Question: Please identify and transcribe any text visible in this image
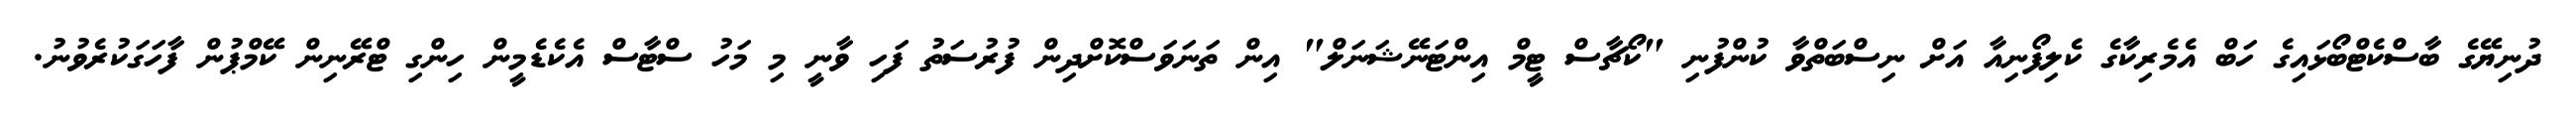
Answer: ދުނިޔޭގެ ބާސްކެޓްބޯޅައިގެ ހަބް އެމެރިކާގެ ކެލިފޯނިއާ އަށް ނިސްބަތްވާ ކުންފުނި "ކޯޗާސް ޓީމް އިންޓަނޭޝަނަލް" އިން ތަނަވަސްކޮށްދިން ފުރުސަތު ފަހި ވާނީ މި މަހު ސްޓާސް އެކެޑެމީން ހިންގި ޓްރޭނިން ކޭމްޕުން ފާހަގަކުރެވުނު.